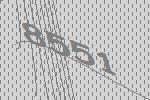
8551